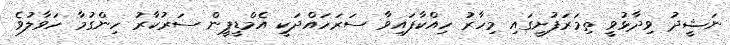
ނަޝީދު ވިދާޅުވީ ތިމަރަފުށީގައި މިހާރު ހިއްކާފައިވާ ސަރަހައްދަކީ އެމްޑީޕީން ސަރުކާރު ހިންގުމާ ހަވާލުވެ